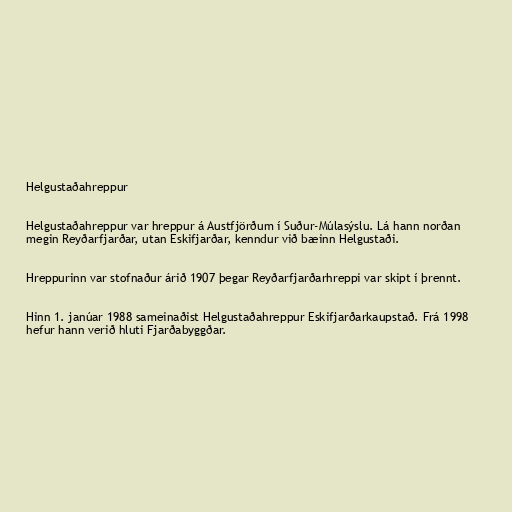
Helgustaðahreppur

Helgustaðahreppur var hreppur á Austfjörðum í Suður-Múlasýslu. Lá hann norðan
megin Reyðarfjarðar, utan Eskifjarðar, kenndur við bæinn Helgustaði.

Hreppurinn var stofnaður árið 1907 þegar Reyðarfjarðarhreppi var skipt í þrennt.

Hinn 1. janúar 1988 sameinaðist Helgustaðahreppur Eskifjarðarkaupstað. Frá 1998
hefur hann verið hluti Fjarðabyggðar.